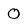
Character: 0